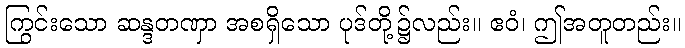
ကြွင်းသော ဆန္ဒတဏှာ အစရှိသော ပုဒ်တို့၌လည်း။ ဧဝံ၊ ဤအတူတည်း။